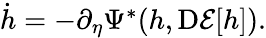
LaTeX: \begin{array}{r}{\dot{h}=-\partial_{\eta}\Psi^{*}(h,\mathrm{D}\mathcal{E}[h]).}\end{array}